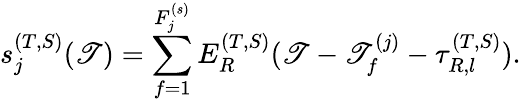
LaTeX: s_{j}^{(T,S)}(\mathscr{T})=\sum_{f=1}^{F_{j}^{(s)}}E_{R}^{(T,S)}(\mathscr{T}-\mathscr{T}_{f}^{(j)}-\tau_{R,l}^{(T,S)}).